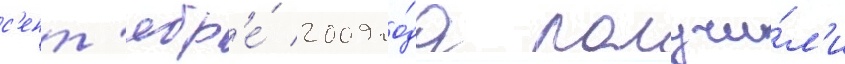
с'ент'ябр'е́ 2009 го́да получи́л'и